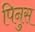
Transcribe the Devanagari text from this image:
पिनुस